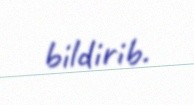
bildirib.